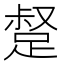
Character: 𮛣